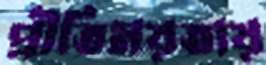
প্রীতিময়তায়